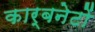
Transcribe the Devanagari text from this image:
कार्बनेटों